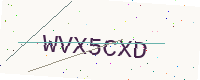
Text: WVX5CXD